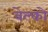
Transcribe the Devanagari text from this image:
बेल्को